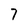
Character: 7